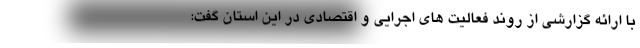
با ارائه گزارشی از روند فعالیت های اجرایی و اقتصادی در این استان گفت: